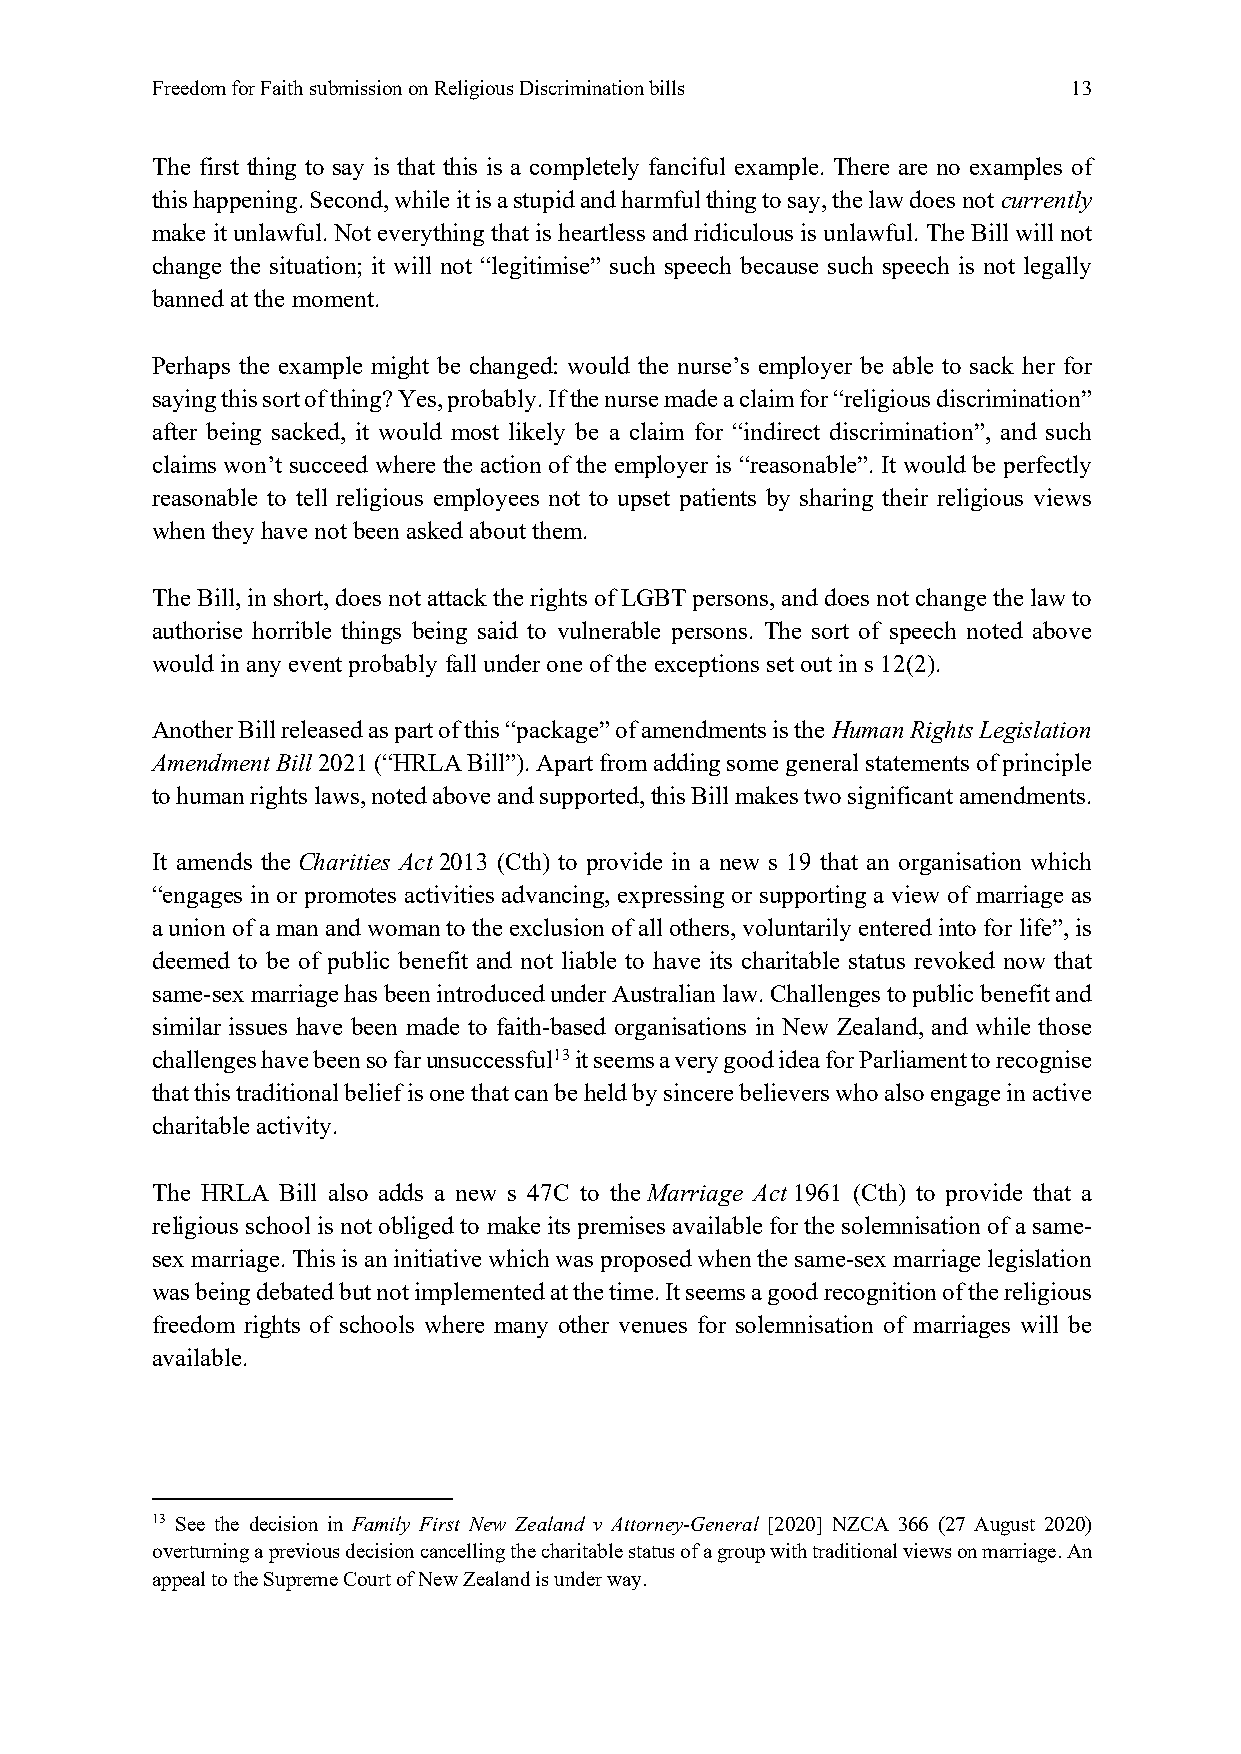
Freedom for Faith submission on Religious Discrimination bills 13
 The first thing to say is that this is a completely fanciful example. There are no examples of
 this happening. Second, while it is a stupid and harmful thing to say, the law does not currently
 make it unlawful. Not everything that is heartless and ridiculous is unlawful. The Bill will not
 change the situation; it will not “legitimise” such speech because such speech is not legally
 banned at the moment.
 Perhaps the example might be changed: would the nurse’s employer be able to sack her for
 saying this sort of thing? Yes, probably. If the nurse made a claim for “religious discrimination”
 after being sacked, it would most likely be a claim for “indirect discrimination”, and such
 claims won’t succeed where the action of the employer is “reasonable”. It would be perfectly
 reasonable to tell religious employees not to upset patients by sharing their religious views
 when they have not been asked about them.
 The Bill, in short, does not attack the rights of LGBT persons, and does not change the law to
 authorise horrible things being said to vulnerable persons. The sort of speech noted above
 would in any event probably fall under one of the exceptions set out in s 12(2).
 Another Bill released as part of this “package” of amendments is the Human Rights Legislation
 Amendment Bill 2021 (“HRLA Bill”). Apart from adding some general statements of principle
 to human rights laws, noted above and supported, this Bill makes two significant amendments.
 It amends the Charities Act 2013 (Cth) to provide in a new s 19 that an organisation which
 “engages in or promotes activities advancing, expressing or supporting a view of marriage as
 a union of a man and woman to the exclusion of all others, voluntarily entered into for life”, is
 deemed to be of public benefit and not liable to have its charitable status revoked now that
 same-sex marriage has been introduced under Australian law. Challenges to public benefit and
 similar issues have been made to faith-based organisations in New Zealand, and while those
 challenges have been so far unsuccessful13 it seems a very good idea for Parliament to recognise
 that this traditional belief is one that can be held by sincere believers who also engage in active
 charitable activity.
 The HRLA Bill also adds a new s 47C to the Marriage Act 1961 (Cth) to provide that a
 religious school is not obliged to make its premises available for the solemnisation of a same-
 sex marriage. This is an initiative which was proposed when the same-sex marriage legislation
 was being debated but not implemented at the time. It seems a good recognition of the religious
 freedom rights of schools where many other venues for solemnisation of marriages will be
 available.
 13 See the decision in Family First New Zealand v Attorney-General [2020] NZCA 366 (27 August 2020)
 overturning a previous decision cancelling the charitable status of a group with traditional views on marriage. An
 appeal to the Supreme Court of New Zealand is under way.